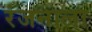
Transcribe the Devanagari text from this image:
रंजनाला